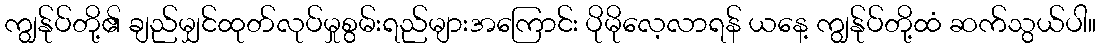
ကျွန်ုပ်တို့၏ ချည်မျှင်ထုတ်လုပ်မှုစွမ်းရည်များအကြောင်း ပိုမိုလေ့လာရန် ယနေ့ ကျွန်ုပ်တို့ထံ ဆက်သွယ်ပါ။